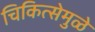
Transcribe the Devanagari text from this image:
चिकित्सेमुळे